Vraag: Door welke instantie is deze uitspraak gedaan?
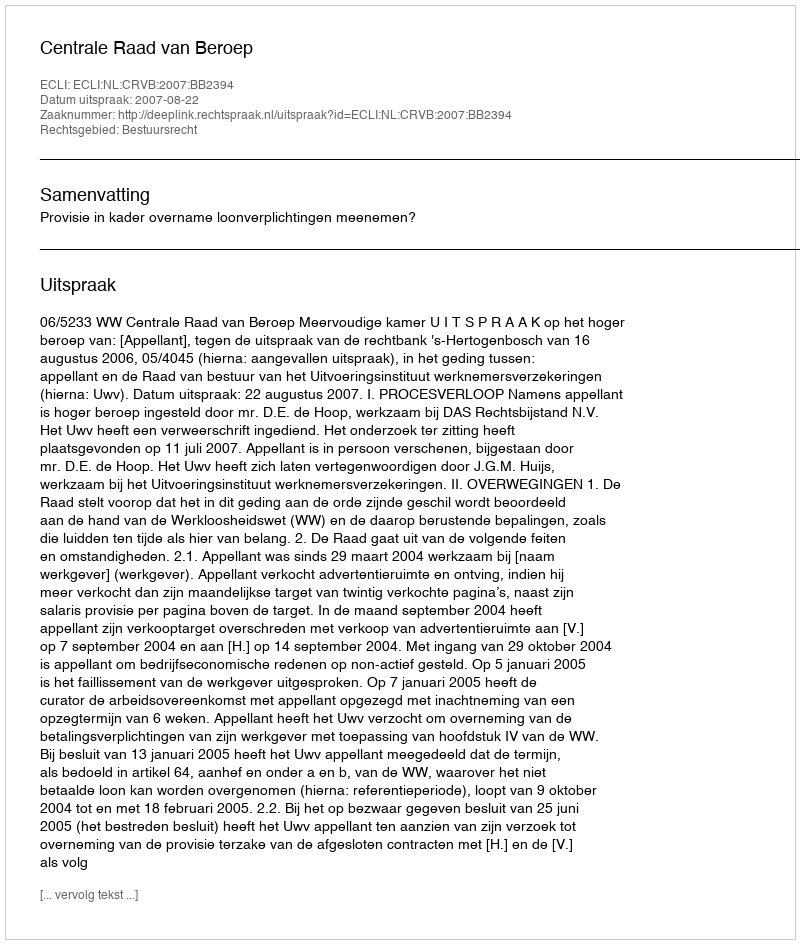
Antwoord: Centrale Raad van Beroep